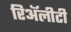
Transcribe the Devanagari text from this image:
रिॲलीटी